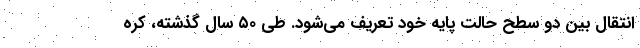
انتقال بین دو سطح حالت پایه خود تعریف می‌شود. طی ۵۰ سال گذشته، کره